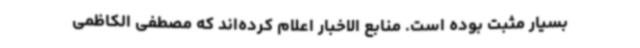
بسیار مثبت بوده است. منابع الاخبار اعلام کرده‌اند که مصطفی الکاظمی